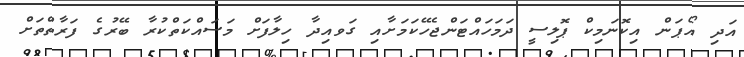
އަދި އޯޕަން އިކޮނަމިކް ޕޮލިސީ ދަމަހައްޓަންޖެހޭކަމަށާއި ގަވއިދާ ހިލާފަށް މަސައްކަތްކުރާ ބޭރުގެ ފަރާތްތަށް